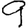
Digit: 9